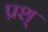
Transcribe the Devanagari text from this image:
प्रश्